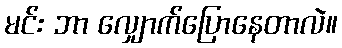
မင်း ဘာ လျှောက်ပြောနေတာလဲ။